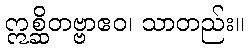
ဣစ္ဆိတဗ္ဗာဧဝ၊ သာတည်း။